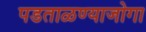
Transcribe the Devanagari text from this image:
पडताळण्याजोगा